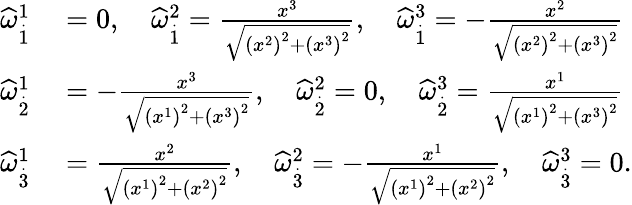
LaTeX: \begin{array}{rl}{\widehat{\omega}_{\overset{.}{1}}^{1}}&{{}=0,\quad\widehat{\omega}_{\overset{.}{1}}^{2}=\frac{x^{3}}{\sqrt{\left(x^{2}\right)^{2}+\left(x^{3}\right)^{2}}},\quad\widehat{\omega}_{\overset{.}{1}}^{3}=-\frac{x^{2}}{\sqrt{\left(x^{2}\right)^{2}+\left(x^{3}\right)^{2}}}}\\ {\widehat{\omega}_{\overset{.}{2}}^{1}}&{{}=-\frac{x^{3}}{\sqrt{\left(x^{1}\right)^{2}+\left(x^{3}\right)^{2}}},\quad\widehat{\omega}_{\overset{.}{2}}^{2}=0,\quad\widehat{\omega}_{\overset{.}{2}}^{3}=\frac{x^{1}}{\sqrt{\left(x^{1}\right)^{2}+\left(x^{3}\right)^{2}}}}\\ {\widehat{\omega}_{\overset{.}{3}}^{1}}&{{}=\frac{x^{2}}{\sqrt{\left(x^{1}\right)^{2}+\left(x^{2}\right)^{2}}},\quad\widehat{\omega}_{\overset{.}{3}}^{2}=-\frac{x^{1}}{\sqrt{\left(x^{1}\right)^{2}+\left(x^{2}\right)^{2}}},\quad\widehat{\omega}_{\overset{.}{3}}^{3}=0.}\end{array}